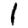
Digit: 1